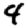
Digit: 4